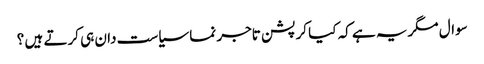
سوال مگریہ ہے کہ کیا کرپشن تاجر نما سیاست دان ہی کرتے ہیں ؟